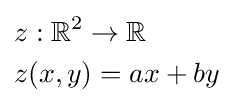
{\begin{aligned}&z:\mathbb {R} ^{2}\to \mathbb {R} \\&z(x,y)=ax+by\end{aligned}}